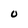
Character: 0